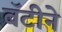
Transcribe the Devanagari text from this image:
बॅटीने